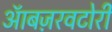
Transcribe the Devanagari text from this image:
ऑबज़रवटोरी